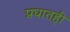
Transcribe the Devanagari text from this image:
प्रघातही